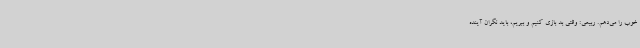
خوب را می‌دهم. ربیعی: وقتی بد بازی کنیم و ببریم، باید نگران آینده